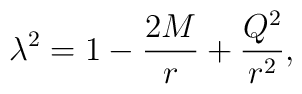
\lambda^2=1-\frac{2M}{r}+\frac{Q^2}{r^2},